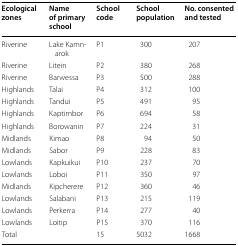
<table><thead><tr><td><b>Ecological zones</b></td><td><b>Name of primary school</b></td><td><b>School code</b></td><td><b>School population</b></td><td><b>No. consented and tested</b></td></tr></thead><tbody><tr><td>Riverine</td><td>Lake Kamnarok</td><td>P1</td><td>300</td><td>207</td></tr><tr><td>Riverine</td><td>Litein</td><td>P2</td><td>380</td><td>268</td></tr><tr><td>Riverine</td><td>Barwessa</td><td>P3</td><td>500</td><td>288</td></tr><tr><td>Highlands</td><td>Talai</td><td>P4</td><td>312</td><td>100</td></tr><tr><td>Highlands</td><td>Tandui</td><td>P5</td><td>491</td><td>95</td></tr><tr><td>Highlands</td><td>Kaptimbor</td><td>P6</td><td>694</td><td>58</td></tr><tr><td>Highlands</td><td>Borowanin</td><td>P7</td><td>224</td><td>31</td></tr><tr><td>Midlands</td><td>Kimao</td><td>P8</td><td>94</td><td>50</td></tr><tr><td>Midlands</td><td>Sabor</td><td>P9</td><td>228</td><td>83</td></tr><tr><td>Lowlands</td><td>Kapkuikui</td><td>P10</td><td>237</td><td>70</td></tr><tr><td>Lowlands</td><td>Loboi</td><td>P11</td><td>350</td><td>97</td></tr><tr><td>Midlands</td><td>Kipcherere</td><td>P12</td><td>360</td><td>46</td></tr><tr><td>Lowlands</td><td>Salabani</td><td>P13</td><td>215</td><td>119</td></tr><tr><td>Lowlands</td><td>Perkerra</td><td>P14</td><td>277</td><td>40</td></tr><tr><td>Lowlands</td><td>Loitip</td><td>P15</td><td>370</td><td>116</td></tr><tr><td>Total</td><td></td><td>15</td><td>5032</td><td>1668</td></tr></tbody></table>